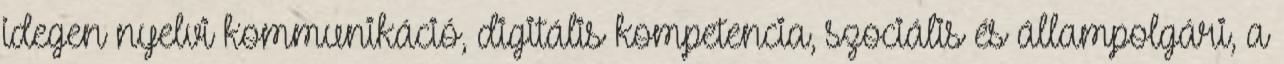
idegen nyelvi kommunikáció, digitális kompetencia, szociális és állampolgári, a